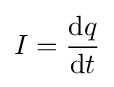
I={\mathrm {d} q \over \mathrm {d} t}\,\!